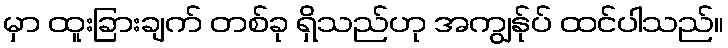
မှာ ထူးခြားချက် တစ်ခု ရှိသည်ဟု အကျွန်ုပ် ထင်ပါသည်။